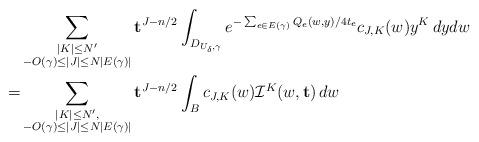
LaTeX: \begin{align*} &\sum_{\substack{|K| \leq N'\\ -O(\gamma) \leq |J| \leq N|E(\gamma)|} } \mathbf{t}^{J - n/2}\int_{D_{U_{\delta}, \gamma}} e^{-\sum_{e \in E(\gamma)} Q^{}_e(w, y)/4 t_e} c_{J, K}(w) y^K\, dy dw\\ = &\sum_{\substack{|K| \leq N', \\ -O(\gamma) \leq |J| \leq N|E(\gamma)|} }\mathbf{t}^{J - n/2} \int_B c_{J, K}(w) \mathcal{I}^K(w, \mathbf{t})\, dw\end{align*}